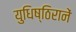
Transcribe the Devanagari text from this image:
युधिष्ठिरानें